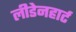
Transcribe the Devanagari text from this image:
लीडेनहार्ट